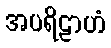
အပရိဠာဟံ